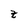
Character: z